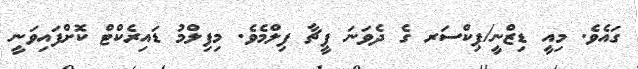
ގައެވެ. މިއީ ޑިޒްނީ/ޕިކްސަރ ގެ ދެވަނަ ފީޗާ ފިލްމެވެ. މިފިލްމު ޑައިރެކްޓް ކޮށްފައިވަނީ